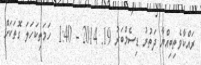
ރައްކާވެތިބިއްޔާ ދަތުރު ޑިސެމްބަރު 19